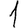
Digit: 1